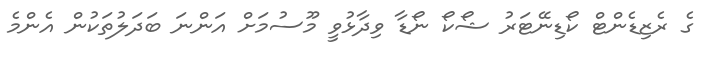
ގެ ރެޒިޑެންޓް ކޯޑިނޭޓަރު ޝޯކޯ ނޯޑާ ވިދާޅުވީ މޫސުމަށް އަންނަ ބަދަލުތަކުން އެންމެ